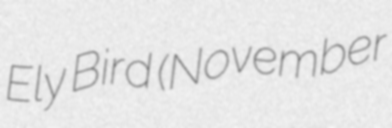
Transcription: Ely Bird (November